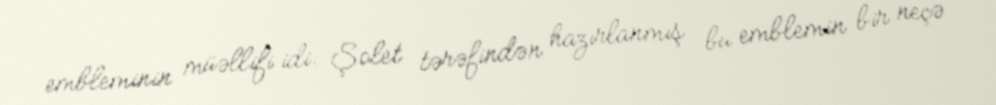
embleminin müəllifi idi. Şolet tərəfindən hazırlanmış bu emblemin bir neçə